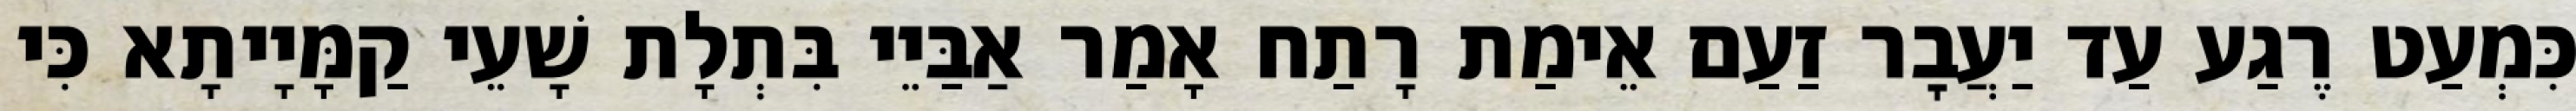
כִּמְעַט רֶגַע עַד יַעֲבׇר זַעַם אֵימַת רָתַח אָמַר אַבַּיֵי בִּתְלָת שָׁעֵי קַמָּיָיתָא כִּי